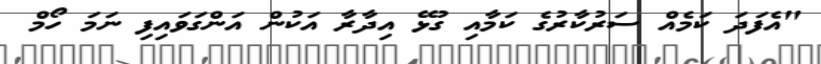
"އެފަދަ ކަމެއް ސަރުކާރުގެ ކަމާއި ގުޅޭ އިދާރާ އަކުން އަންގަވައިފި ނަމަ ހޯމް